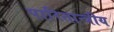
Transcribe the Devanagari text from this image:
पारितान्त्रीय